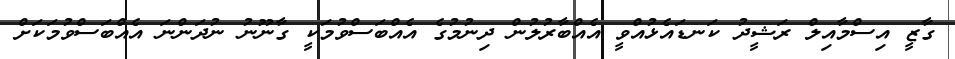
ގާޒީ އިސްމާއިލް ރަޝީދު ކަނޑައެޅުއްވީ އެއްބާރުލުން ދިނުމުގެ އެއްބަސްވުމަކީ ގާނޫނު ނުދަންނަ އެއްބަސްވުމަކަށް